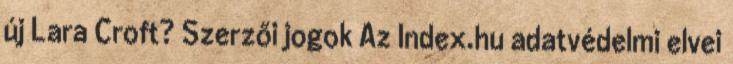
új Lara Croft? Szerzői jogok Az Index.hu adatvédelmi elvei